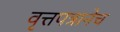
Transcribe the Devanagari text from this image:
वृत्तपत्रानेच